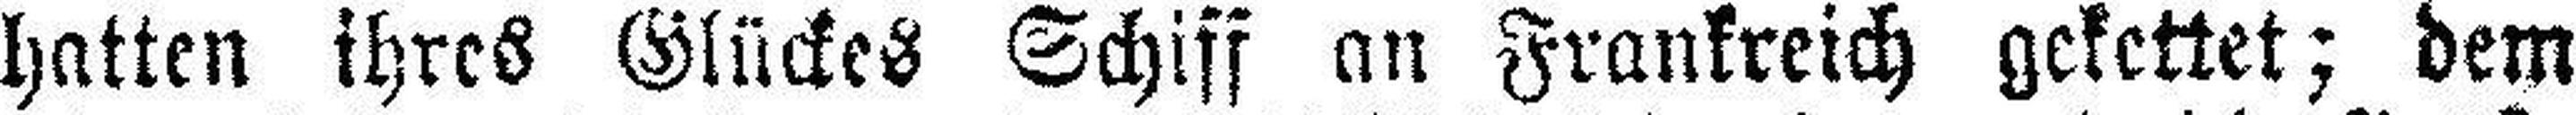
hatten ihres Glückes Schiff an Frankreich gekettet; dem